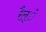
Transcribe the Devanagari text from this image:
रैल्े